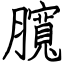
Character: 臗